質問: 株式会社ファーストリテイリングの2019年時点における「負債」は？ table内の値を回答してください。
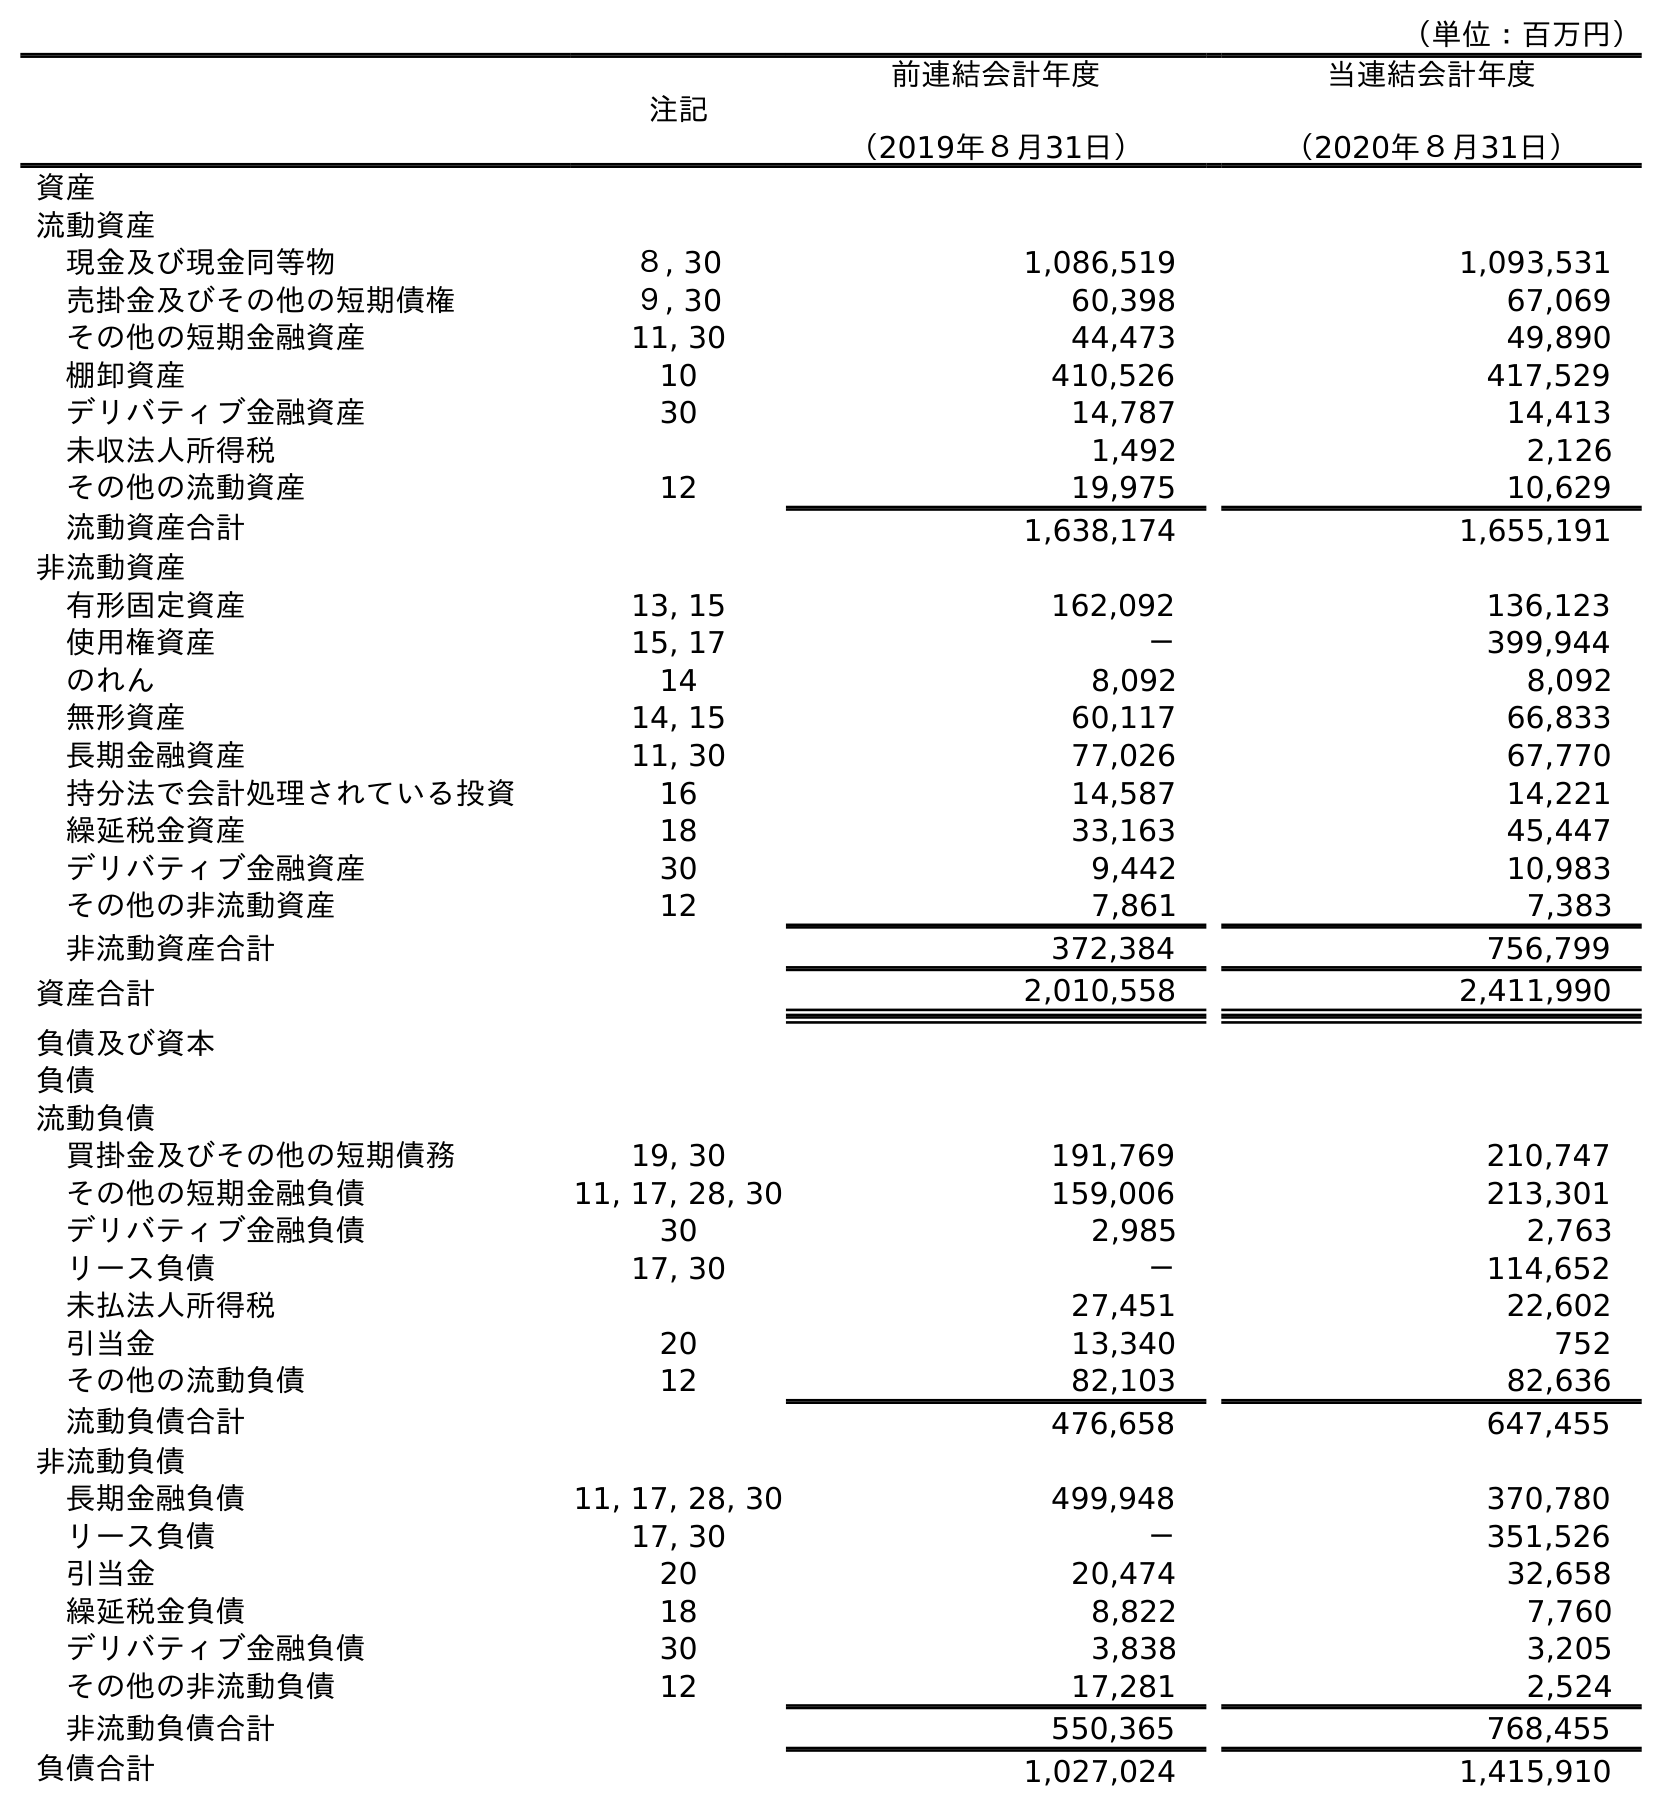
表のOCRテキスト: （単位：百万円） 注記 前連結会計年度 （2019年８月31日） 当連結会計年度 （2020年８月31日） 資産 流動資産 現金及び現金同等物 ８, 30 1,086,519 1,093,531 売掛金及びその他の短期債権 ９, 30 60,398 67,069 その他の短期金融資産 11, 30 44,473 49,890 棚卸資産 10 410,526 417,529 デリバティブ金融資産 30 14,787 14,413 未収法人所得税 1,492 2,126 その他の流動資産 12 19,975 10,629 流動資産合計 1,638,174 1,655,191 非流動資産 有形固定資産 13, 15 162,092 136,123 使用権資産 15, 17 － 399,944 のれん 14 8,092 8,092 無形資産 14, 15 60,117 66,833 長期金融資産 11, 30 77,026 67,770 持分法で会計処理されている投資 16 14,587 14,221 繰延税金資産 18 33,163 45,447 デリバティブ金融資産 30 9,442 10,983 その他の非流動資産 12 7,861 7,383 非流動資産合計 372,384 756,799 資産合計 2,010,558 2,411,990 負債及び資本 負債 流動負債 買掛金及びその他の短期債務 19, 30 191,769 210,747 その他の短期金融負債 11, 17, 28, 30 159,006 213,301 デリバティブ金融負債 30 2,985 2,763 リース負債 17, 30 － 114,652 未払法人所得税 27,451 22,602 引当金 20 13,340 752 その他の流動負債 12 82,103 82,636 流動負債合計 476,658 647,455 非流動負債 長期金融負債 11, 17, 28, 30 499,948 370,780 リース負債 17, 30 － 351,526 引当金 20 20,474 32,658 繰延税金負債 18 8,822 7,760 デリバティブ金融負債 30 3,838 3,205 その他の非流動負債 12 17,281 2,524 非流動負債合計 550,365 768,455 負債合計 1,027,024 1,415,910
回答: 1,027,024